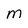
Character: M